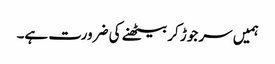
ہمیں سر جوڑ کر بیٹھنے کی ضرورت ہے۔